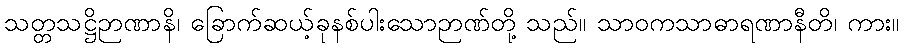
သတ္တသဋ္ဌိဉာဏာနိ၊ ခြောက်ဆယ့်ခုနစ်ပါးသောဉာဏ်တို့ သည်။ သာဝကသာဓာရဏာနီတိ၊ ကား။